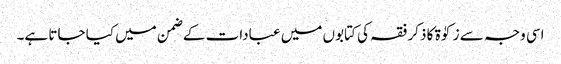
اسی وجہ سے زکوٰۃ کا ذکر فقہ کی کتابوں میں عبادات کے ضمن میں کیا جاتا ہے۔